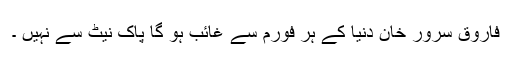
فاروق سرور خان دنیا کے ہر فورم سے غائب ہو گا پاک نیٹ سے نہیں ۔